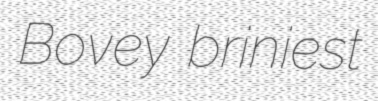
Bovey briniest